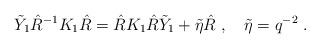
LaTeX: \begin{align*}\tilde{Y}_{1} \hat{R}^{-1} K_{1} \hat{R} = \hat{R} K_{1} \hat{R} \tilde{Y}_{1}+ \tilde{\eta}\hat{R}\;, \quad \tilde{\eta}=q^{-2}\;.\end{align*}